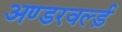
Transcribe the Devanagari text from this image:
अण्डरवर्ल्ड़